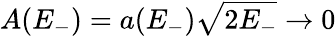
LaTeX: A(E_{-})=a(E_{-})\sqrt{2E_{-}}\to 0